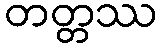
တတ္တဿ